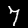
Digit: 7